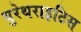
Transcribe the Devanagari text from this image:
युरेथराइटिस